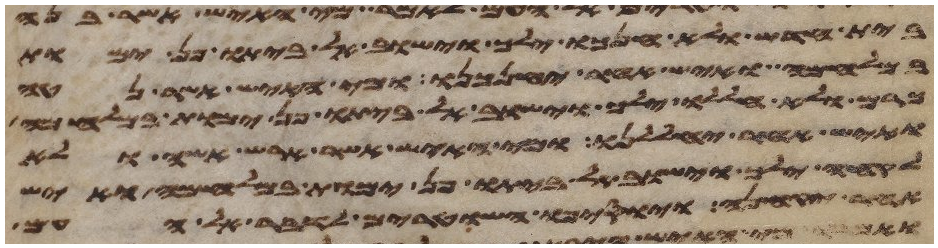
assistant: בית חדש ולא חנכו ילך וישוב לביתו פן ימות
במלחמה ואיש אחר יחנכנו ומי האיש אשר נטע
כרם ולא חללו ילך וישוב לביתו פן ימות במלחמה
ואיש אחר יחללנו ומי האיש אשר ארש אשה ולא
לקחה ילך וישוב לביתו פן ימות במלחמה ואיש
אחר יקחנה ויוסיפו השטרים לדבר אל העם